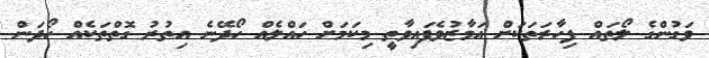
ވަގުންގެ ލޯތައް ފިހާރަތަކަށް އަމާޒުވެފައިވާތީ މިކަމަށް ހައްލެއް ހޯދޭނެ އިތުރު ގޮތްތަކެއް ހޯދަން